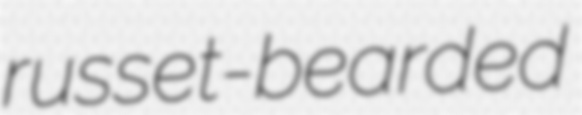
russet-bearded